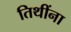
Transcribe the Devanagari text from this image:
तिथींना